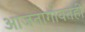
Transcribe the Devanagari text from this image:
आजतागायतही